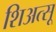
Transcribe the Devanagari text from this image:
शिअत्सू